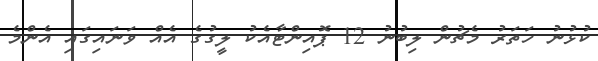
ކުޅުނު ހަތަރު މެޗުން ލިބުނު 12 ޕޮއިންޓާއެކު ލީގުގެ އެއް ވަނައިގައި އެންމެ